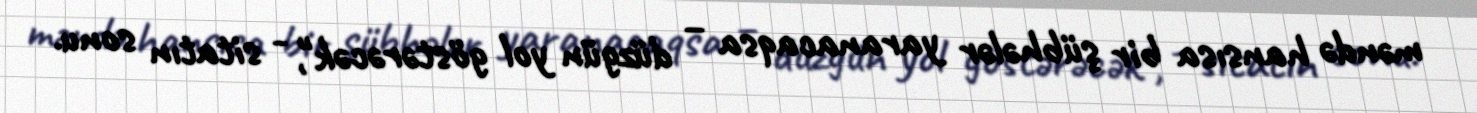
məndə hansısa bir şübhələr yaranacaqsa – düzgün yol göstərəcək", - sitatın sonu.